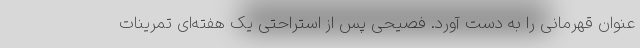
عنوان قهرمانی را به دست آورد. فصیحی پس از استراحتی یک هفته‌ای تمرینات